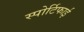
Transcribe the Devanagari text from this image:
स्पोर्टिफाई